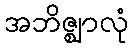
အဘိဇ္ဈာလုံ